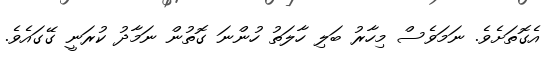
އެގޮތަށެެވެ. ނަމަވެސް މިހާރު ބަލި ހާލަތު ހުންނަ ގޮތުން ނަމާދު ކުރަނީ ގޭގައެވެ.